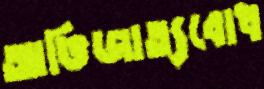
আভিজাত্যবোধ